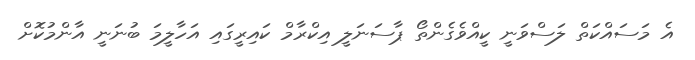
އެ މަސައްކަތް ލަސްވަނީ ކީއްވެގެންތޯ ޕާސަނަލީ އިކްރާމް ކައިރީގައި އަހާލީމަ ބުނަނީ އާންމުކޮށް